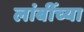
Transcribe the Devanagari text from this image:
लांबींच्या